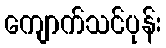
ကျောက်သင်ပုန်း